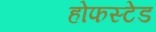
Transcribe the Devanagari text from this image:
होफस्टेड